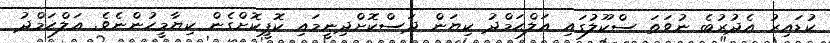
ކުޑައިރު އެދުރުބެ ނުވަތަ ސްކޫލުގައި އަލްޙަމްދު ކިޔަން ދަސްކޮށްދިނީމައި ކޮޕީކޮށްގެން ކިޔާމީހުންނެވެ. އަލްޙަމްދު